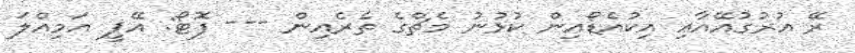
ރޭ އުރުގުއޭއާއި އިކުއެޑޯއިން ކުޅުނު މެޗްގެ ތެރެއިން --- ފޮޓޯ: އޭޕީ އަމިއްލަ